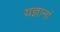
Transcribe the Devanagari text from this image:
यज्ञानां